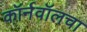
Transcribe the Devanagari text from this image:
कॉर्नवॉलचा